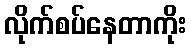
လိုက်စပ်နေတာကိုး